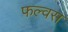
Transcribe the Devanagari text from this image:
फल्वस